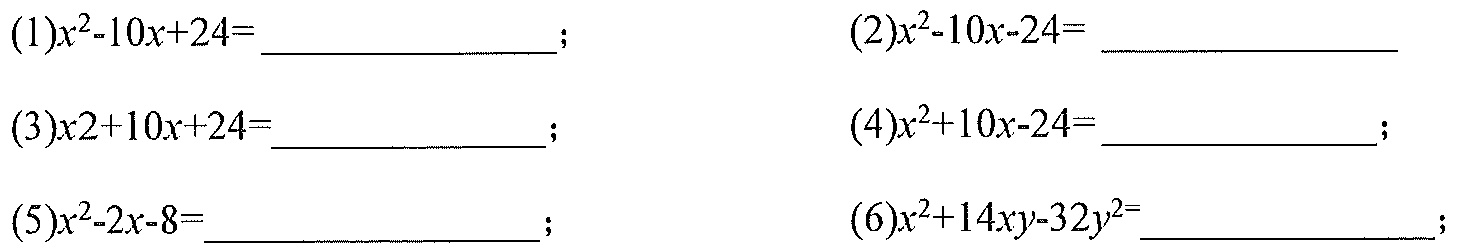
(1)$x^{2}-10x + 24=$  ；  (2)$x^{2}-10x - 24=$  ；
(3)$x2 + 10x + 24=$  ；  (4)$x^{2}+10x - 24=$  ；
(5)$x^{2}-2x - 8=$  ；  (6)$x^{2}+14xy - 32y^{2}=$  ；